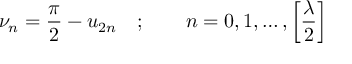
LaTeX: \nu _ { n } = \frac { \pi } { 2 } - u _ { 2 n } \quad ; \qquad n = 0 , 1 , \dots , \left[ \frac { \lambda } { 2 } \right]